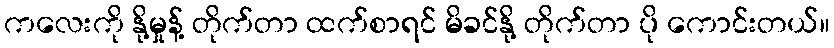
ကလေးကို နို့မှုန့် တိုက်တာ ထက်စာရင် မိခင်နို့ တိုက်တာ ပို ကောင်းတယ်။